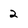
Character: 2